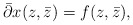
\begin{align*}\bar{\partial}x(z,\bar{z})=f(z,\bar{z}),\end{align*}